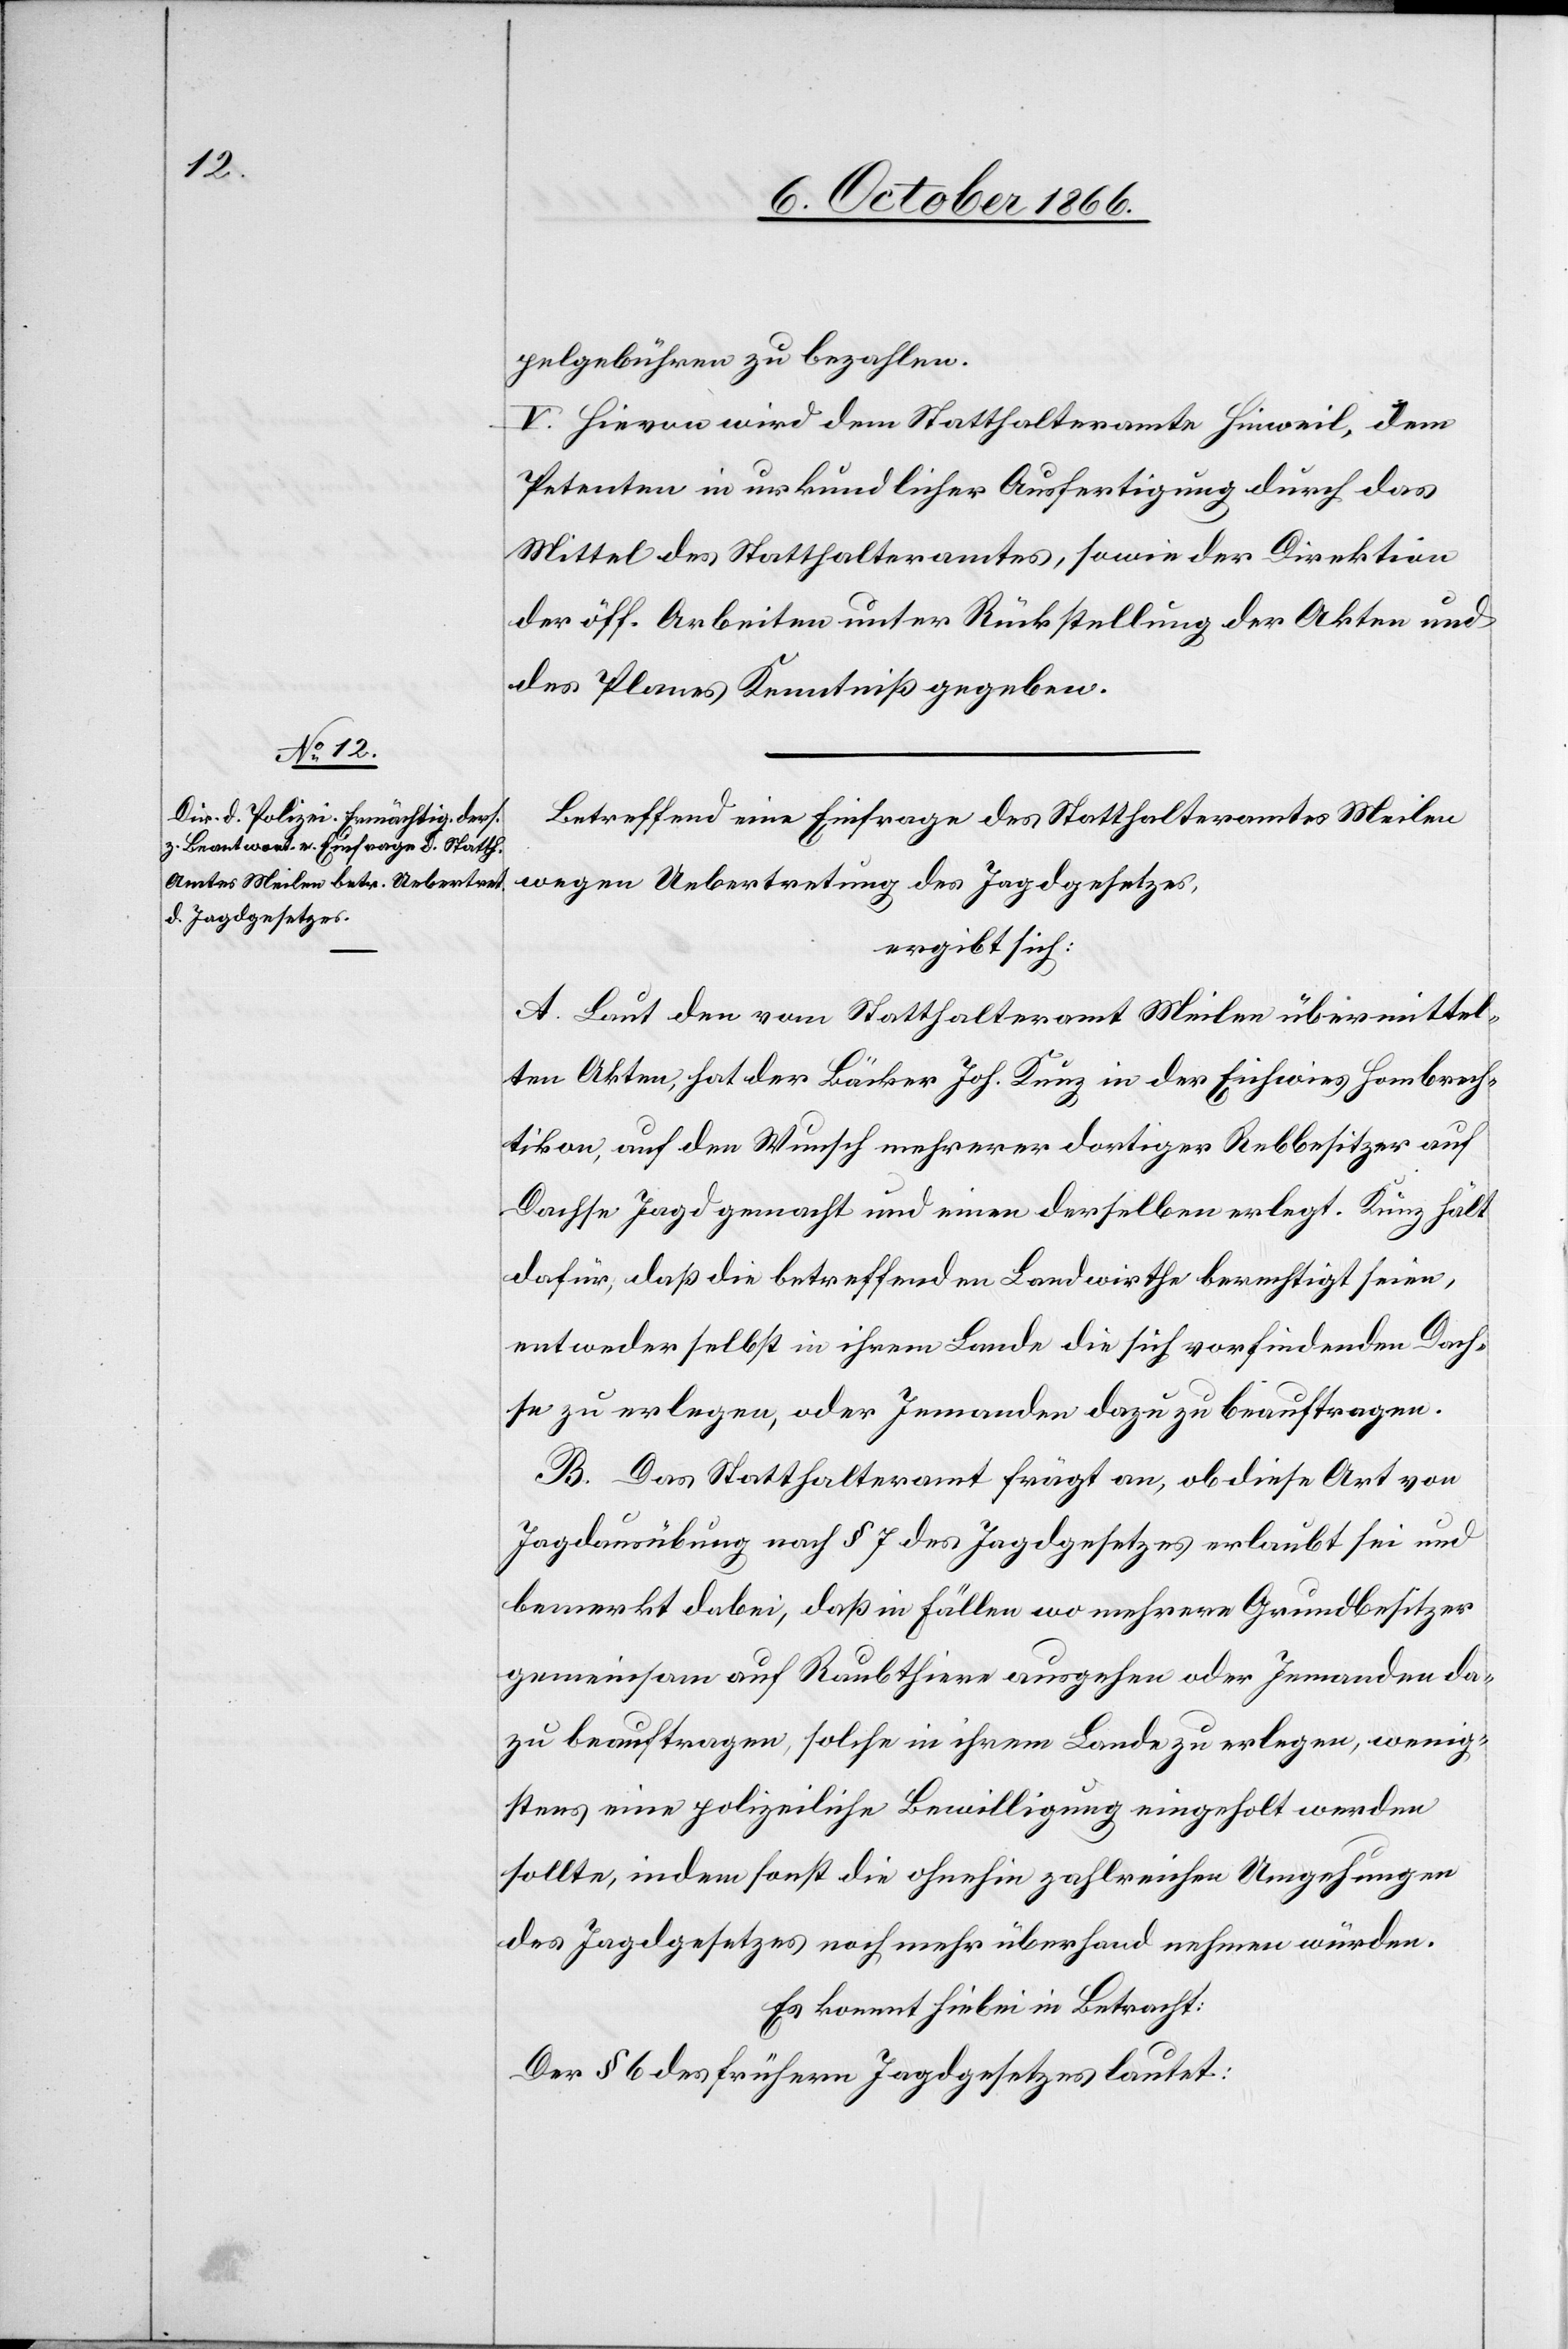
pelgebühren zu bezahlen.
V. Hievon wird dem Statthalteramte Hinweil, dem
Petenten in urkundlicher Ausfertigung durch das
Mittel des Statthalteramtes, sowie der Direktion
der öff. Arbeiten unter Rückstellung der Akten und
des Planes Kenntniß gegeben.
Betreffend eine Einfrage des Statthalteramtes Meilen
wegen Uebertretung des Jagdgesetzes,
ergibt sich:
A. Laut den vom Statthalteramt Meilen übermittel¬
ten Akten, hat der Bäcker Joh. Kunz in der Eichwies Hombrech¬
tikon, auf den Wunsch mehrerer dortiger Rebbesitzer auf
Dachse Jagd gemacht und einen derselben erlegt. Kunz hält
dafür, daß die betreffenden Landwirthe berechtigt seien,
entweder selbst in ihrem Lande die sich vorfindenden Dach¬
se zu erlegen, oder Jemanden dazu zu beauftragen.
B. Das Statthalteramt frägt an, ob diese Art von
Jagdausübung nach § 7 des Jagdgesetzes erlaubt sei und
bemerkt dabei, daß in Fällen wo mehrere Grundbesitzer
gemeinsam auf Raubthiere ausgehen oder Jemanden da¬
zu beauftragen, solche in ihrem Lande zu erlegen, wenig¬
stens eine polizeiliche Bewilligung eingeholt werden
sollte, indem sonst die ohnehin zahlreichen Umgehungen
des Jagdgesetzes noch mehr überhand nehmen würden.
Es kommt hiebei in Betracht:
Der § 6 des frühern Jagdgesetzes lautet: